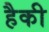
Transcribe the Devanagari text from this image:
हैकी